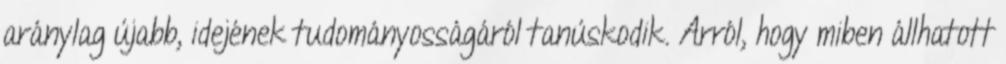
aránylag újabb, idejének tudományosságáról tanúskodik. Arról, hogy miben állhatott